NAE_ERA_R-2324_Eesti_Vabariigi_Pohiseaduslik_Assamblee, lk 39
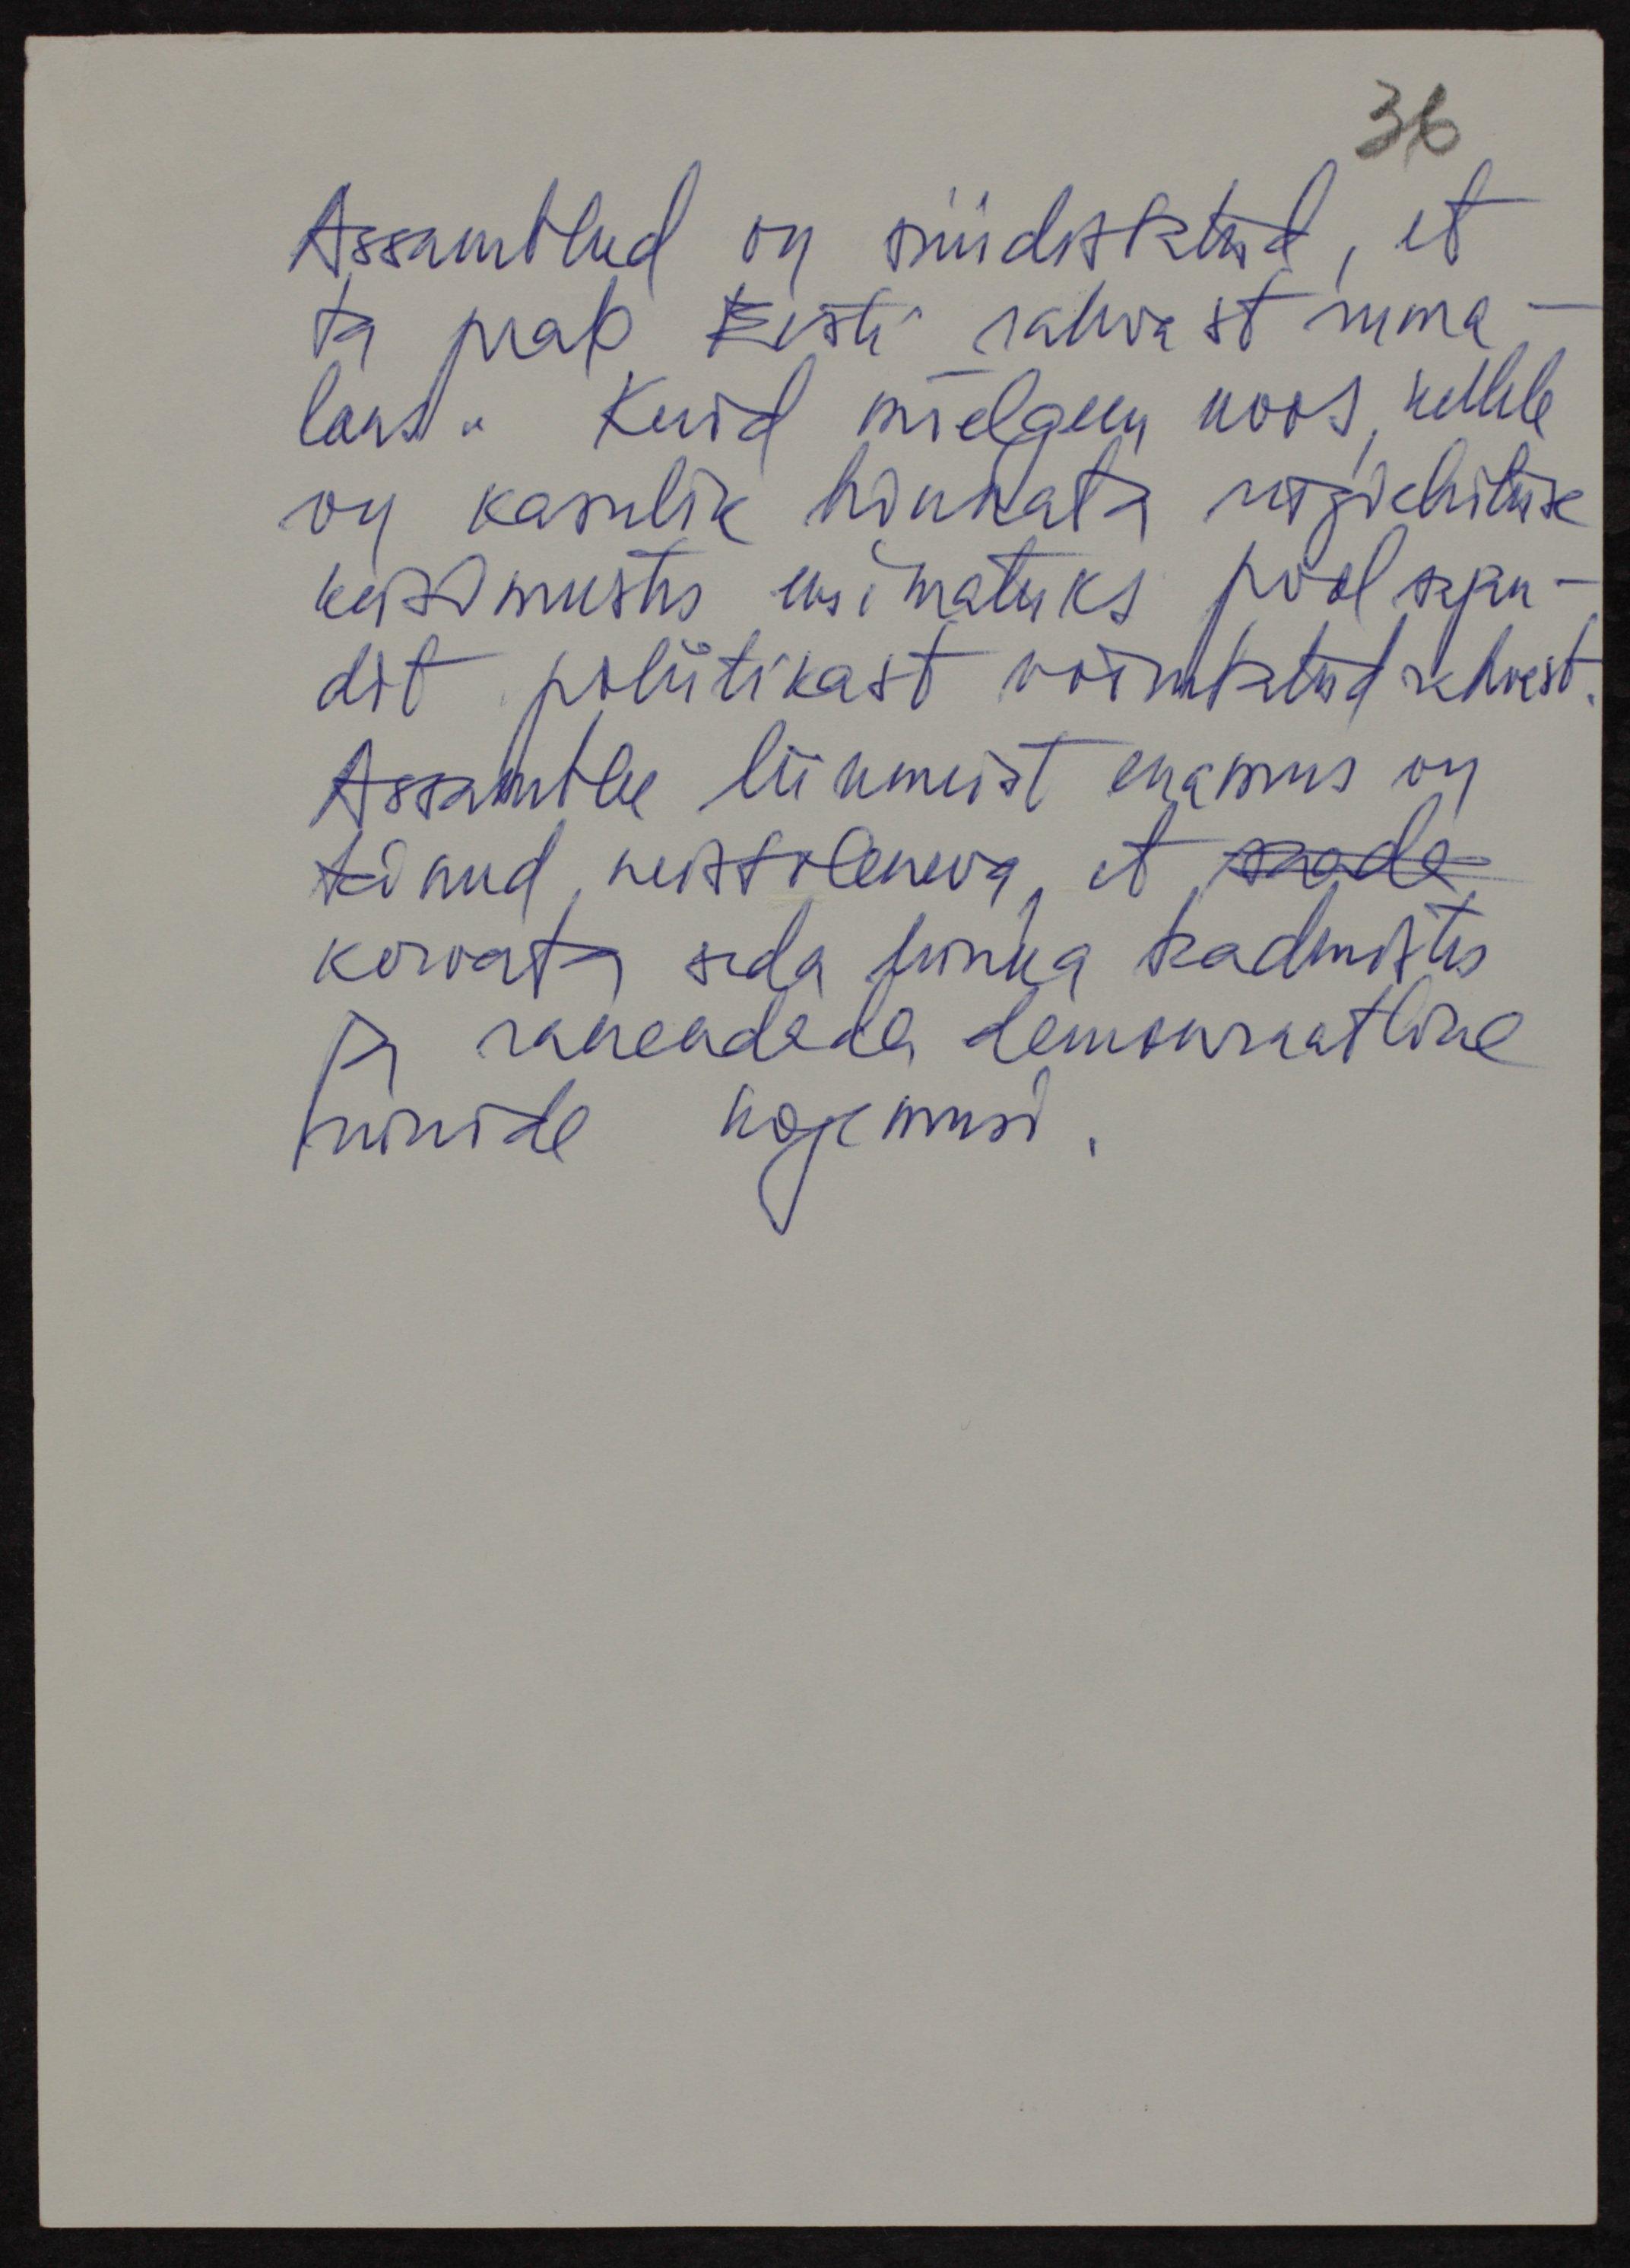
Assambleed on süüdistatud, et
ta peab Eesti rahvast ruma-
laks. Kuid mõelgem koos, kellele
on kasulik hinnata riigiehituse
küsimustes võimatuks pool sajan-
dit poliitikast võõrutatud rahvast.
Assamblee liikmeist enamus on
teinud, neist oleneva, et saada
korvata seda lünka teadmistes
ja rakendada demokraatlike
riikide kogemusi.